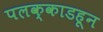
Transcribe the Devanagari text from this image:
पलक्काडहून